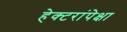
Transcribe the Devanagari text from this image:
हेक्टरांपेक्षा